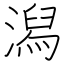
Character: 潟